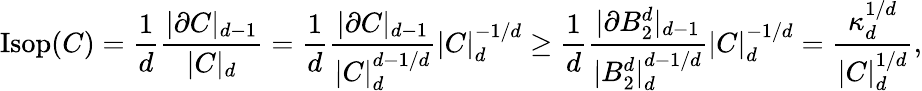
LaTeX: \mathrm{Isop}(C)=\frac{1}{d}\frac{|\partial C|_{d-1}}{|C|_{d}}=\frac{1}{d}\frac{|\partial C|_{d-1}}{|C|_{d}^{d-1/d}}|C|_{d}^{-1/d}\geq\frac{1}{d}\frac{|\partial B_{2}^{d}|_{d-1}}{|B_{2}^{d}|_{d}^{d-1/d}}|C|_{d}^{-1/d}=\frac{\kappa_{d}^{1/d}}{|C|_{d}^{1/d}},